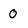
Character: 0